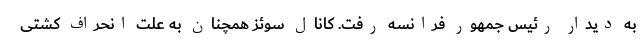
به دیدار رئیس جمهور فرانسه رفت. کانال سوئز همچنان به‌ علت انحراف کشتی‌